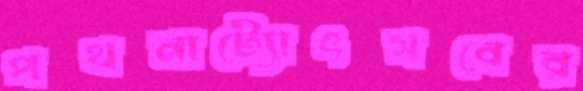
পথনাট্যোৎসবের